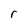
Character: r